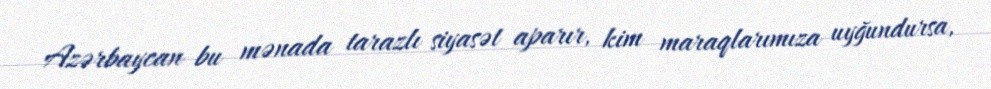
Azərbaycan bu mənada tarazlı siyasət aparır, kim maraqlarımıza uyğundursa,